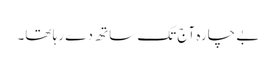
بے چارہ آج تک ساتھ دے رہا تھا۔